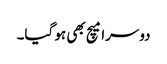
دوسرا میچ بھی ہو گیا۔